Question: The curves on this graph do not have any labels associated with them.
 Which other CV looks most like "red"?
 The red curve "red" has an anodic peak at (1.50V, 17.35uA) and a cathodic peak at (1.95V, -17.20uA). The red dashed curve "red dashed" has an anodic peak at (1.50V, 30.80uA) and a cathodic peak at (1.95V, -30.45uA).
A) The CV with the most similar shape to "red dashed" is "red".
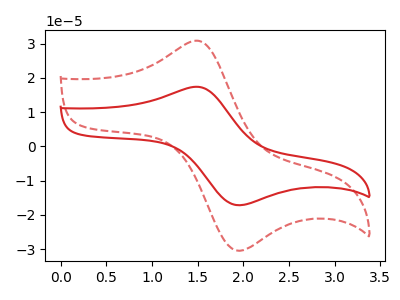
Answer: <think>All the peaks in "red" have a peak in "red dashed" at the same potential. Every peak in "red" is lower than every peak in "red dashed".
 </think>
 <answer>A) The CV with the most similar shape to "red dashed" is "red".</answer>
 <eval>A</eval>